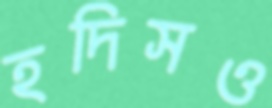
হদিসও